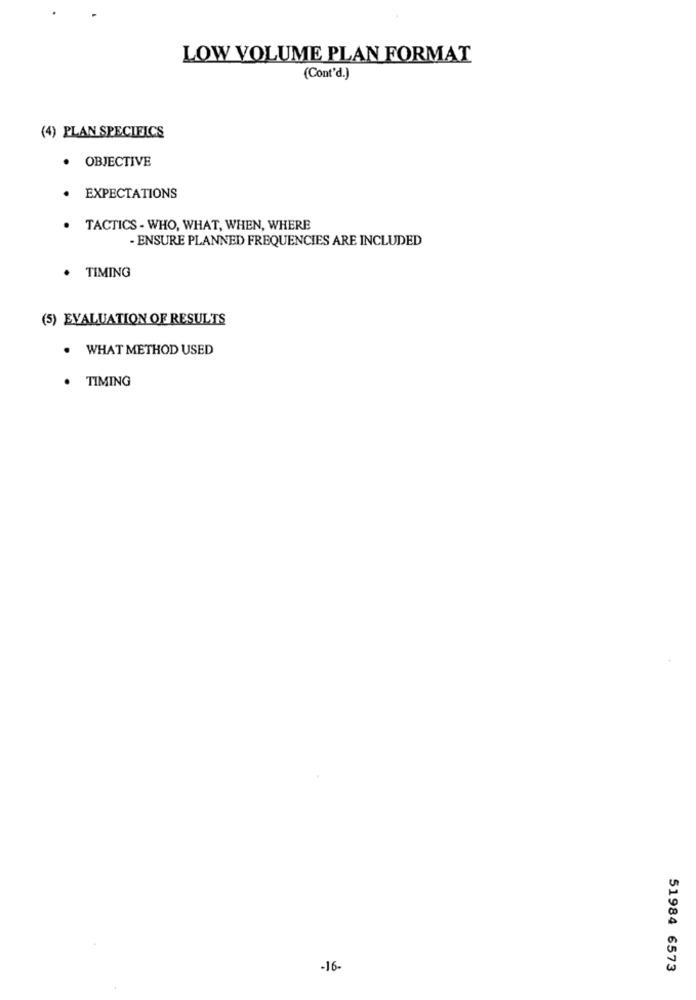
LOW VOLUME PLAN FORMAT
(Cont'd.)
(4) PLAN SPECIFICS
· OBJECTIVE
· EXPECTATIONS
TACTICS - WHO, WHAT, WHEN, WHERE
- ENSURE PLANNED FREQUENCIES ARE INCLUDED
. TIMING
(5) EVALUATION OF RESULTS
. WHAT METHOD USED
TIMING
-16-
51984 6573